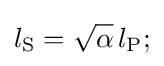
l_{\text{S}}={\sqrt {\alpha }}\,l_{\text{P}};